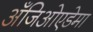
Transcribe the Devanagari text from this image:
अँजिओएडेमा